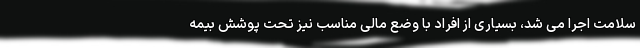
سلامت اجرا می شد، بسیاری از افراد با وضع مالی مناسب نیز تحت پوشش بیمه